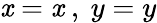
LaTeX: \mathit{x}=\mathit{x}\ ,\ y=y